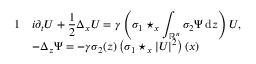
\begin{array} { r l } { { 1 } } & { \displaystyle i \partial _ { t } U + \frac { 1 } { 2 } \Delta _ { x } U = \gamma \left( \sigma _ { 1 } \star _ { x } \int _ { \mathbb R ^ { n } } \sigma _ { 2 } \Psi \, { \mathrm { d } } z \right) U , } \\ & { \displaystyle - \Delta _ { z } \Psi = - \gamma \sigma _ { 2 } ( z ) \left( \sigma _ { 1 } \star _ { x } | U | ^ { 2 } \right) ( x ) } \end{array}